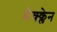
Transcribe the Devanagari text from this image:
मैक्क्लेन